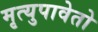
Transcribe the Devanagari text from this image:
मृत्युपावेतो